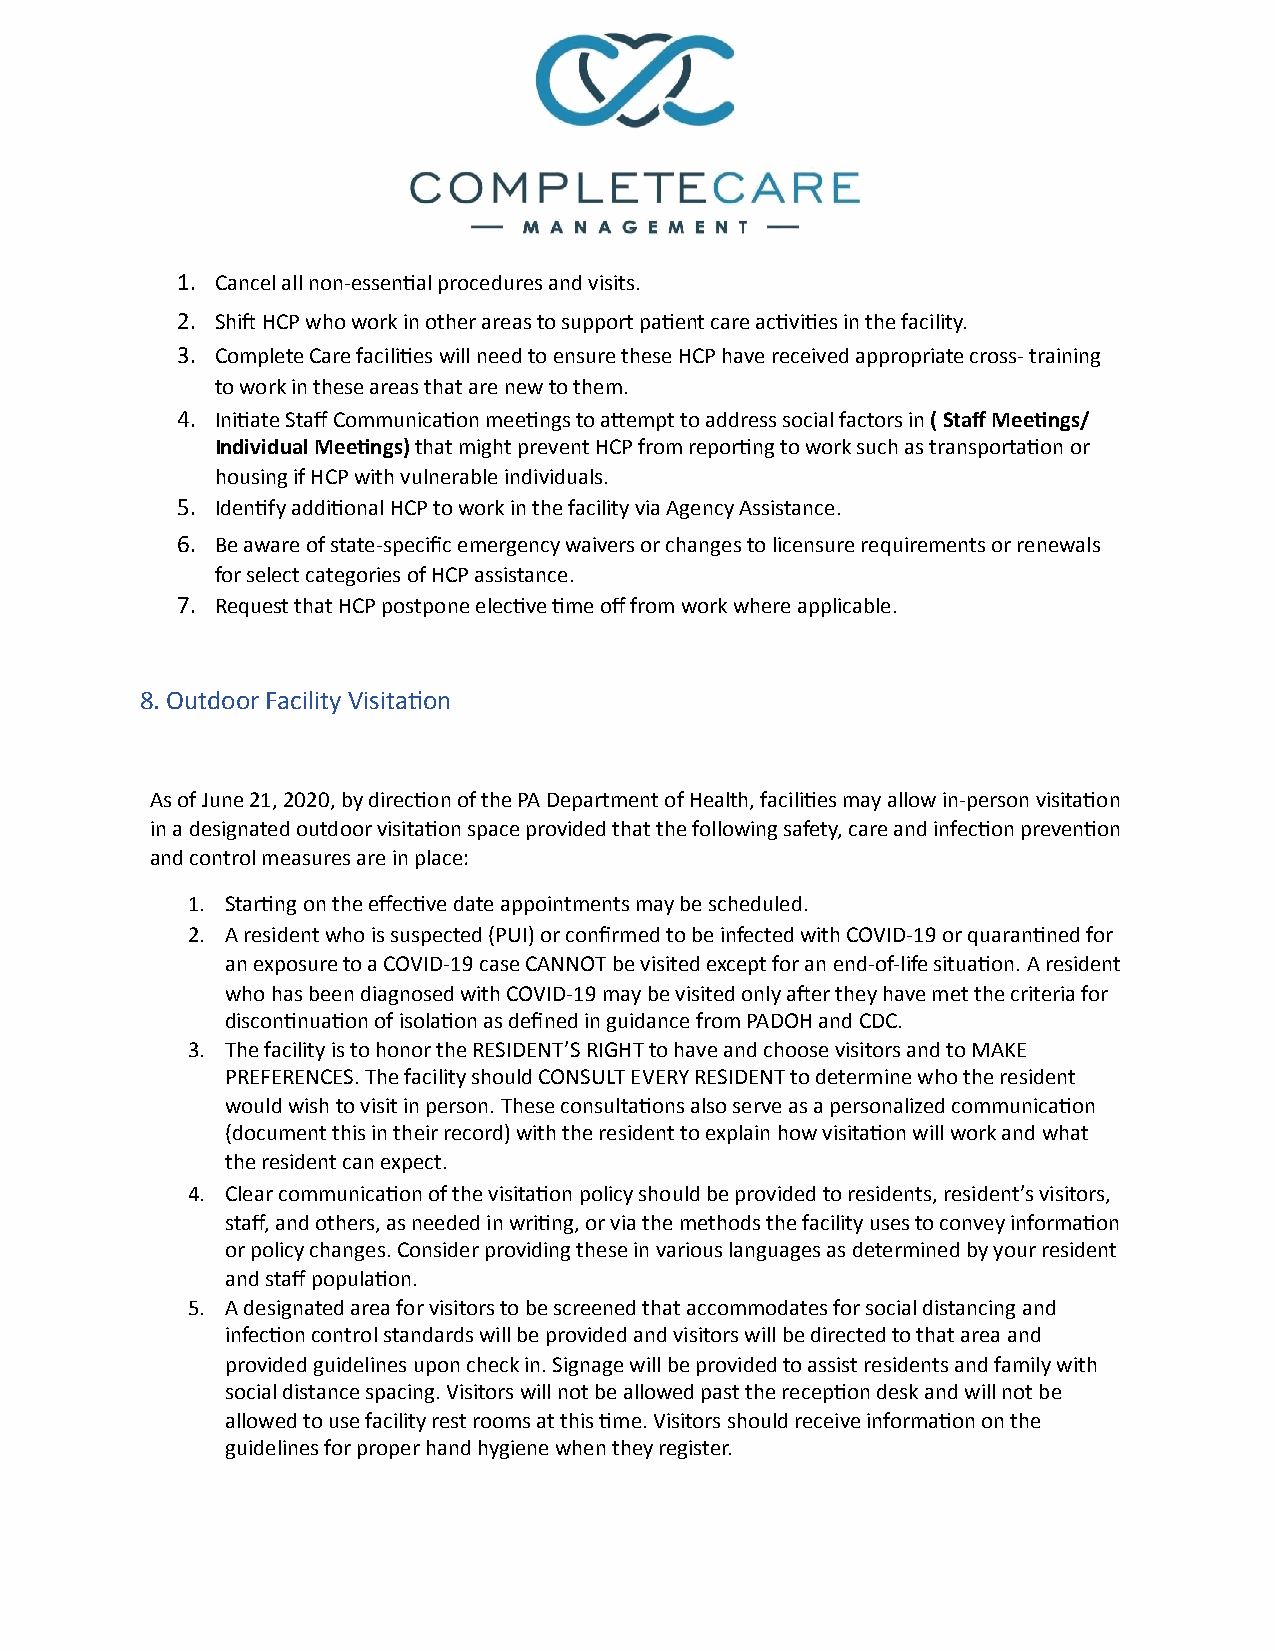
1. Cancel all non-essen1al procedures and visits.
 2. Shin HCP who work in other areas to support pa1ent care ac1vi1es in the facility.
 3. Complete Care facili1es will need to ensure these HCP have received appropriate cross- training
 to work in these areas that are new to them.
 4. Ini1ate Staff Communica1on mee1ngs to abempt to address social factors in ( Staff Mee8ngs/
 Individual Mee8ngs) that might prevent HCP from repor1ng to work such as transporta1on or
 housing if HCP with vulnerable individuals.
 5. Iden1fy addi1onal HCP to work in the facility via Agency Assistance.
 6. Be aware of state-specific emergency waivers or changes to licensure requirements or renewals
 for select categories of HCP assistance.
 7. Request that HCP postpone elec1ve 1me off from work where applicable.
 8. Outdoor Facility Visita1on
 As of June 21, 2020, by direc1on of the PA Department of Health, facili1es may allow in-person visita1on
 in a designated outdoor visita1on space provided that the following safety, care and infec1on preven1on
 and control measures are in place:
 1. Star1ng on the effec1ve date appointments may be scheduled.
 2. A resident who is suspected (PUI) or confirmed to be infected with COVID-19 or quaran1ned for
 an exposure to a COVID-19 case CANNOT be visited except for an end-of-life situa1on. A resident
 who has been diagnosed with COVID-19 may be visited only aner they have met the criteria for
 discon1nua1on of isola1on as defined in guidance from PADOH and CDC.
 3. The facility is to honor the RESIDENT’S RIGHT to have and choose visitors and to MAKE
 PREFERENCES. The facility should CONSULT EVERY RESIDENT to determine who the resident
 would wish to visit in person. These consulta1ons also serve as a personalized communica1on
 (document this in their record) with the resident to explain how visita1on will work and what
 the resident can expect.
 4. Clear communica1on of the visita1on policy should be provided to residents, resident’s visitors,
 staff, and others, as needed in wri1ng, or via the methods the facility uses to convey informa1on
 or policy changes. Consider providing these in various languages as determined by your resident
 and staff popula1on.
 5. A designated area for visitors to be screened that accommodates for social distancing and
 infec1on control standards will be provided and visitors will be directed to that area and
 provided guidelines upon check in. Signage will be provided to assist residents and family with
 social distance spacing. Visitors will not be allowed past the recep1on desk and will not be
 allowed to use facility rest rooms at this 1me. Visitors should receive informa1on on the
 guidelines for proper hand hygiene when they register.